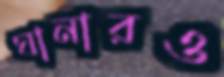
ঘানারও